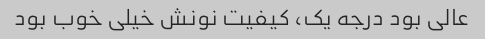
عالی بود درجه یک، کیفیت نونش خیلی خوب بود